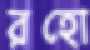
রহো